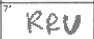
Transcription: RRU